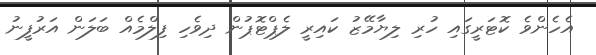
އެހެންވެ ކޮޓަރީގައި ހުރި ލިޔާމޭޒު ކައިރީ ލެޕްޓޮޕުން ދިވެހި ފިލްމެއް ބަލަން އަރުފީނު